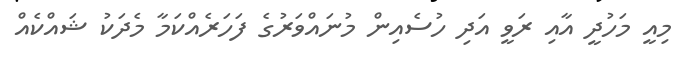
މިއީ މަހުދީ އާއި ރަވީ އަދި ހުސެއިން މުނައްވަރުގެ ފަހަރެއްކަމާ މެދަކު ޝައްކެއް